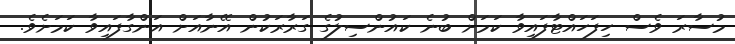
މުސާރަ ވެސް ހިފަހައްޓާފައިވާ ކަމަށް ބުނެ ކައުންސިލުގެ ގަރާރަކުން އޭނާއަށް އަންގާފައިވާ ކަމަށެވެ.